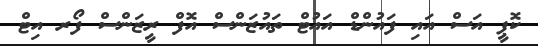
ކޮޕީ އަސް އައި ފައުންޑް އައުޓް ތައުޒަންސް އޮފް ރީޒަންސް ފޯރ އިޓް